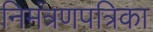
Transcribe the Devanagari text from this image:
निमंत्रणपत्रिका